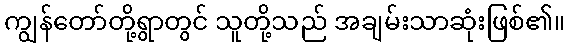
ကျွန်တော်တို့ရွာတွင် သူတို့သည် အချမ်းသာဆုံးဖြစ်၏။